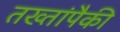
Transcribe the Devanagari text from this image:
तख्तांपैकी